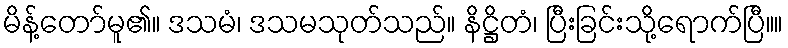
မိန့်တော်မူ၏။ ဒသမံ၊ ဒသမသုတ်သည်။ နိဋ္ဌိတံ၊ ပြီးခြင်းသို့ရောက်ပြီ။။